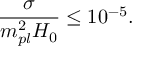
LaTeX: \frac { \sigma } { m _ { p l } ^ { 2 } H _ { 0 } } \leq 1 0 ^ { - 5 } .